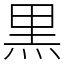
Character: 黒